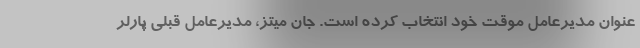
عنوان مدیرعامل موقت خود انتخاب کرده است. جان میتز، مدیرعامل قبلی پارلر